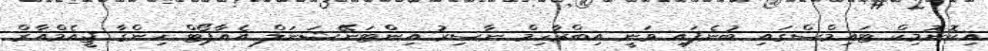
އިކޮނޮމިކް ޓައިމްސްގައި ބުނެފައި ވަނީ އިބްރާހިމް ނާސިރު އިންޓަނޭޝަނަލް އެއާޕޯޓް ހިންގާ ޖީއެމްއާރް